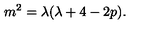
m ^ { 2 } = \lambda ( \lambda + 4 - 2 p ) .